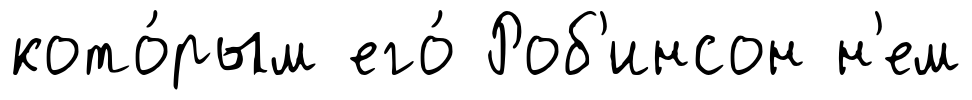
кото́рым его́ Роб'инсон н'ем